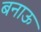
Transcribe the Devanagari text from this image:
बनाऊ